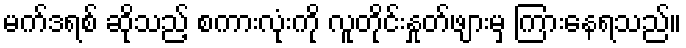
မက်ဒရစ် ဆိုသည့် စကားလုံးကို လူတိုင်းနှုတ်ဖျားမှ ကြားနေရသည်။